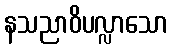
နသညာဝိပလ္လာသော